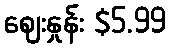
ဈေးနှုန်း $5.99